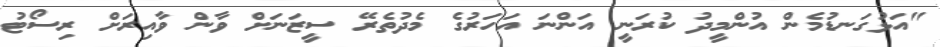
"އަޅުގަނޑުމެން އުންމީދު ކުރަނީ އަންނަ އަހަރުގެ މެދުތެރޭ ސީޒަނަށް ވާން ވާއިރަށް ރިސޯޓު